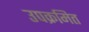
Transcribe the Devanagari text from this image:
उपक्रमित